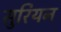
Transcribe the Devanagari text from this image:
सुरियन